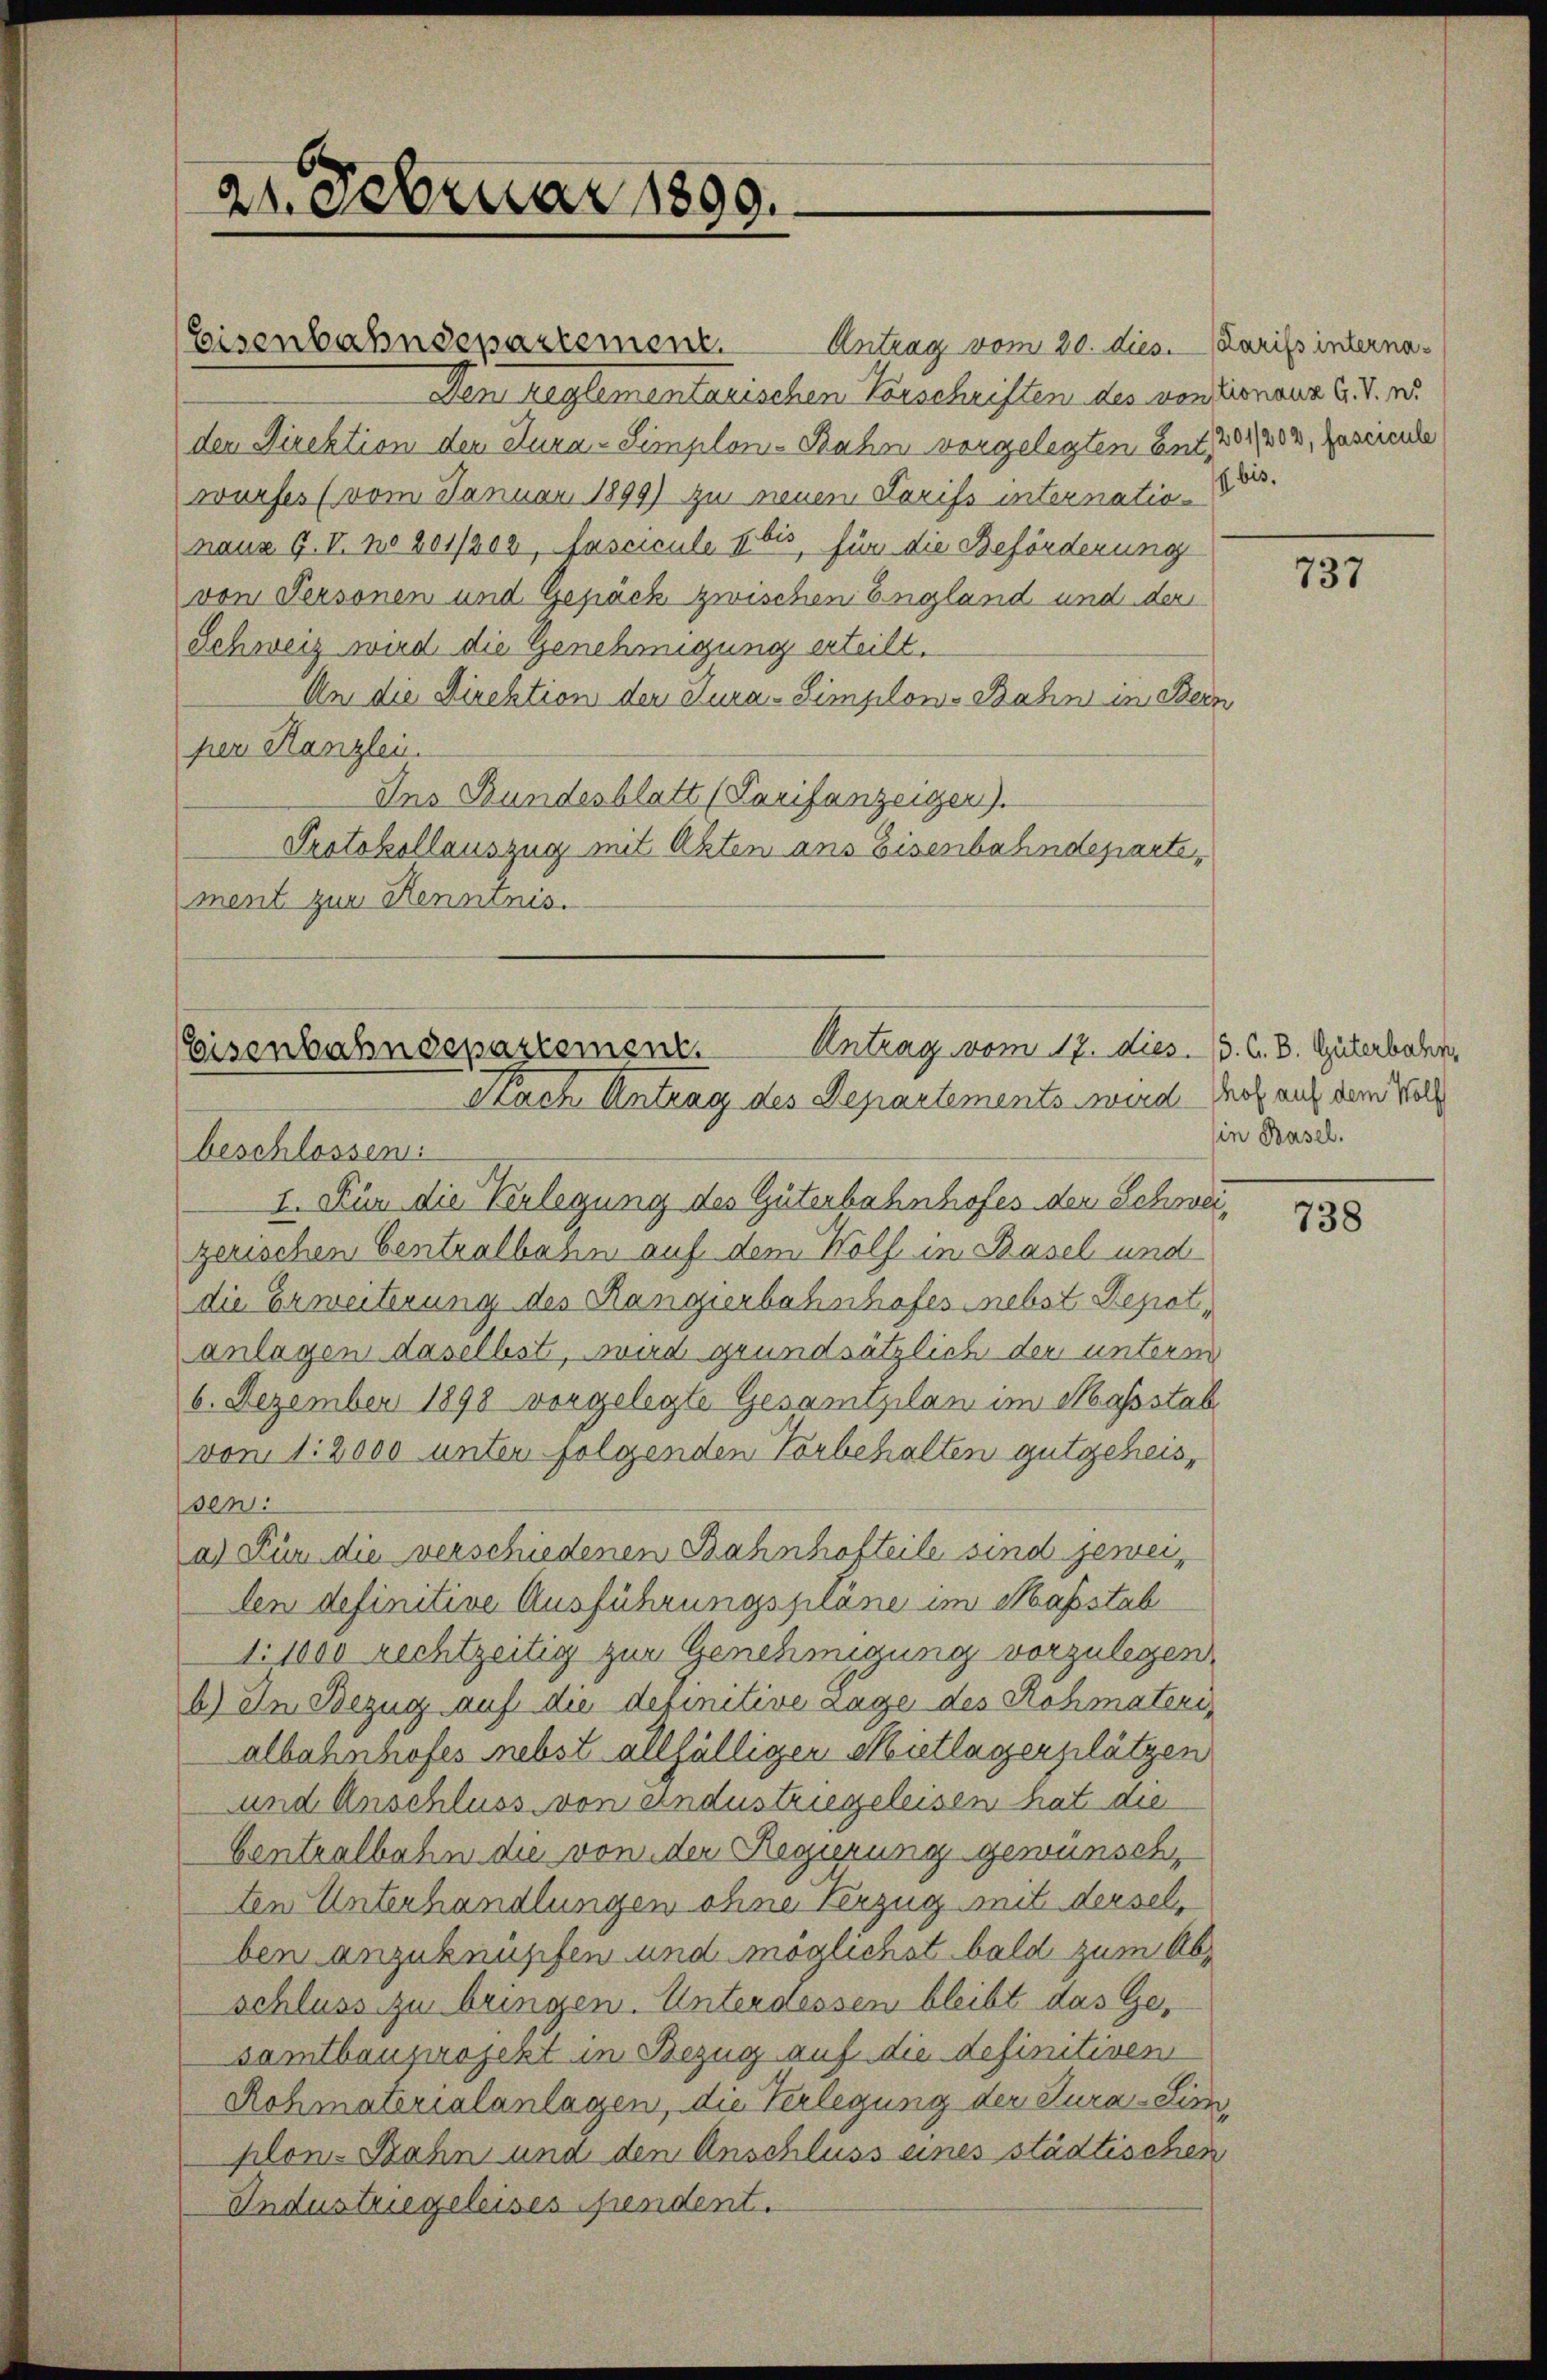
22. Februar 1899.

Eisenbahndepartement.
Antrag vom 20. dies. Darifs interna¬
Den reglementarischen Vorschriften des von Donaua G. T. w.
der Direktion der Kura-Simplons Bahn vorgelegten Ent, 201404, Zumeinde
wurfes (vom Januar 1899) zu neuen Tarifs internatio- Dr.
naus G. V. No 201/202, fascicule bis, für die Beförderung
von Personen und Gepäck zwischen England und der
Schweiz wird die Genehmigung erteilt.
An die Direktion der Tura-Simplow-Bahn in Bein
per Kanzlei.
Ins Bundesblatt (Tarifanzeiger).
Protokollauszug mit Akten ans Eisenbahndepartement zur Kenntnis.

Antrag vom 17. dies. 13. A. B. Güterbahn,
Eisenbahndepartement.
Nach Antrag des Departements wird Not auf dem Voll

beschlossen:
I. Für die Verlegung des Güterbahnhofes der Schweizerischen Centralbahn auf dem Wolf in Basel und
die Erweiterung des Rangierbahnhofes nebst Depotanlagen daselbst, wird grundsätzlich der unterm
6. Dezember 1898 vorgelegte Gesamtzilan im Massstab
von 12000 unter folgenden Vorbehalten gutgeheissen.
a. Für die verschiedenen Bahnhofteile sind jeweilen definitive Ausführungspläne im Maßstab
1:1000 rechtzeitig zur Genehmigung vorzulegen.
b) In Bezug auf die definitive Lage des Rohmaterialbahnhofes nebst allfälligen Mietlagerplätzen
und Anschluss von Eindustriegeleisen hat die
Centralbahn die von der Regierung gewünsch,
ten Unterhandlungen ohne Verzug mit derselben anzuknüpfen und möglichst bald zum Abschluss zu bringen. Unterdessen bleibt das Gesamtbauzwojekt in Bezug auf die definitiven
Rohmaterialanlagen, die Verlegung der Tura-Sim
plon-Rahn und den Anschluss eines städtischen
Industriegeleises sendent.

737

in Basel.

738